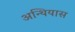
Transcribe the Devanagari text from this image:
अन्थियास